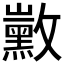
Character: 𪑛